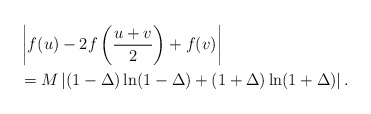
\begin{align*}& \left|f(u)-2f\left(\frac{u+v}{2}\right)+f(v)\right| \\& = M\left | (1-\Delta)\ln(1-\Delta) + (1+\Delta)\ln(1+\Delta) \right|.\end{align*}